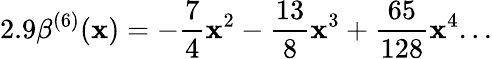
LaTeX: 2.9\beta^{(6)}(\mathbf{x})=-\frac{{7}}{{4}}\mathbf{x}^{2}-\frac{{13}}{{8}}\mathbf{x}^{3}+\frac{{65}}{{128}}\mathbf{x}^{4}...